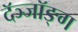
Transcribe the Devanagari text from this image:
दॅञ्जॉङ्ग